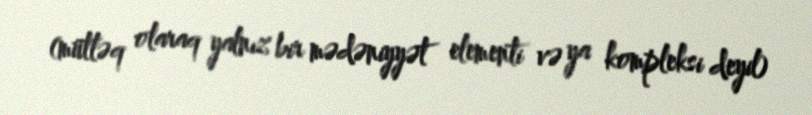
(mütləq olaraq yalnız bir mədəniyyət elementi və ya kompleksi deyil)